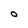
Character: O